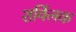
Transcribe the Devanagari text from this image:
शर्विलक